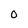
Character: 0